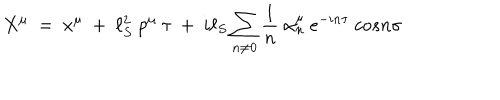
LaTeX: X ^ { \mu } ~ = ~ x ^ { \mu } ~ + ~ \ell _ { S } ^ { 2 } ~ p ^ { \mu } ~ \tau ~ + ~ i \ell _ { S } \sum _ { n \ne 0 } \frac { 1 } { n } ~ \alpha _ { n } ^ { \mu } ~ e ^ { - i n \tau } ~ c o s n \sigma